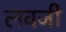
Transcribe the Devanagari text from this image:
लवजी